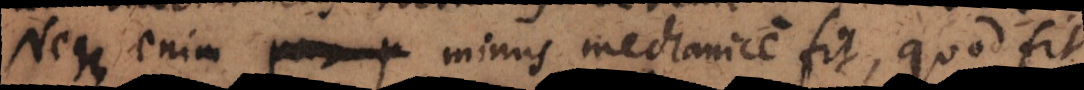
Neque enim minus mechanice fit, quod fit